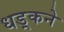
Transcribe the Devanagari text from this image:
धड़्कने